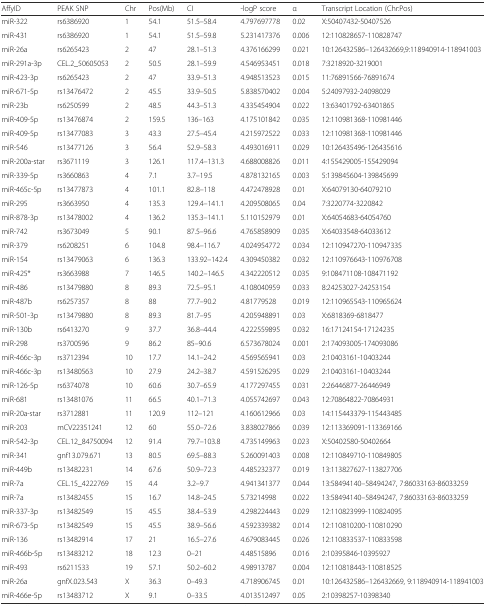
<table><thead><tr><td><b>AffyID</b></td><td><b>PEAK SNP</b></td><td><b>Chr</b></td><td><b>Pos(Mb)</b></td><td><b>CI</b></td><td><b>-logP score</b></td><td><b>α</b></td><td><b>Transcript Location (Chr:Pos)</b></td></tr></thead><tbody><tr><td>miR-322</td><td>rs6386920</td><td>1</td><td>54.1</td><td>51.5–58.4</td><td>4.797697778</td><td>0.02</td><td>X:50407432-50407526</td></tr><tr><td>miR-431</td><td>rs6386920</td><td>1</td><td>54.1</td><td>51.5–59.8</td><td>5.231417376</td><td>0.006</td><td>12:110828657-110828747</td></tr><tr><td>miR-26a</td><td>rs6265423</td><td>2</td><td>47</td><td>28.1–51.3</td><td>4.376166299</td><td>0.021</td><td>10:126432586–126432669,9:118940914-118941003</td></tr><tr><td>miR-291a-3p</td><td>CEL.2_50605053</td><td>2</td><td>50.5</td><td>28.1–59.9</td><td>4.546953451</td><td>0.018</td><td>7:3218920-3219001</td></tr><tr><td>miR-423-3p</td><td>rs6265423</td><td>2</td><td>47</td><td>33.9–51.3</td><td>4.948513523</td><td>0.015</td><td>11:76891566-76891674</td></tr><tr><td>miR-671-5p</td><td>rs13476472</td><td>2</td><td>45.5</td><td>33.9–50.5</td><td>5.838570402</td><td>0.004</td><td>5:24097932-24098029</td></tr><tr><td>miR-23b</td><td>rs6250599</td><td>2</td><td>48.5</td><td>44.3–51.3</td><td>4.335454904</td><td>0.022</td><td>13:63401792-63401865</td></tr><tr><td>miR-409-5p</td><td>rs13476874</td><td>2</td><td>159.5</td><td>136–163</td><td>4.175101842</td><td>0.035</td><td>12:110981368-110981446</td></tr><tr><td>miR-409-5p</td><td>rs13477083</td><td>3</td><td>43.3</td><td>27.5–45.4</td><td>4.215972522</td><td>0.033</td><td>12:110981368-110981446</td></tr><tr><td>miR-546</td><td>rs13477126</td><td>3</td><td>56.4</td><td>52.9–58.3</td><td>4.493016911</td><td>0.029</td><td>10:126435496-126435616</td></tr><tr><td>miR-200a-star</td><td>rs3671119</td><td>3</td><td>126.1</td><td>117.4–131.3</td><td>4.688008826</td><td>0.011</td><td>4:155429005-155429094</td></tr><tr><td>miR-339-5p</td><td>rs3660863</td><td>4</td><td>7.1</td><td>3.7–19.5</td><td>4.878132165</td><td>0.003</td><td>5:139845604-139845699</td></tr><tr><td>miR-465c-5p</td><td>rs13477873</td><td>4</td><td>101.1</td><td>82.8–118</td><td>4.472478928</td><td>0.01</td><td>X:64079130-64079210</td></tr><tr><td>miR-295</td><td>rs3663950</td><td>4</td><td>135.3</td><td>129.4–141.1</td><td>4.209508065</td><td>0.04</td><td>7:3220774-3220842</td></tr><tr><td>miR-878-3p</td><td>rs13478002</td><td>4</td><td>136.2</td><td>135.3–141.1</td><td>5.110152979</td><td>0.01</td><td>X:64054683-64054760</td></tr><tr><td>miR-742</td><td>rs3673049</td><td>5</td><td>90.1</td><td>87.5–96.6</td><td>4.765858909</td><td>0.035</td><td>X:64033548-64033612</td></tr><tr><td>miR-379</td><td>rs6208251</td><td>6</td><td>104.8</td><td>98.4–116.7</td><td>4.024954772</td><td>0.034</td><td>12:110947270-110947335</td></tr><tr><td>miR-154</td><td>rs13479063</td><td>6</td><td>136.3</td><td>133.92–142.4</td><td>4.309450382</td><td>0.032</td><td>12:110976643-110976708</td></tr><tr><td>miR-425*</td><td>rs3663988</td><td>7</td><td>146.5</td><td>140.2–146.5</td><td>4.342220512</td><td>0.035</td><td>9:108471108-108471192</td></tr><tr><td>miR-486</td><td>rs13479880</td><td>8</td><td>89.3</td><td>72.5–95.1</td><td>4.108040959</td><td>0.033</td><td>8:24253027-24253154</td></tr><tr><td>miR-487b</td><td>rs6257357</td><td>8</td><td>88</td><td>77.7–90.2</td><td>4.81779528</td><td>0.019</td><td>12:110965543-110965624</td></tr><tr><td>miR-501-3p</td><td>rs13479880</td><td>8</td><td>89.3</td><td>81.7–95</td><td>4.205948891</td><td>0.03</td><td>X:6818369-6818477</td></tr><tr><td>miR-130b</td><td>rs6413270</td><td>9</td><td>37.7</td><td>36.8–44.4</td><td>4.222559895</td><td>0.032</td><td>16:17124154-17124235</td></tr><tr><td>miR-298</td><td>rs3700596</td><td>9</td><td>86.2</td><td>85–90.6</td><td>6.573678024</td><td>0.001</td><td>2:174093005-174093086</td></tr><tr><td>miR-466c-3p</td><td>rs3712394</td><td>10</td><td>17.7</td><td>14.1–24.2</td><td>4.569565941</td><td>0.03</td><td>2:10403161-10403244</td></tr><tr><td>miR-466c-3p</td><td>rs13480563</td><td>10</td><td>27.9</td><td>24.2–38.7</td><td>4.591526295</td><td>0.029</td><td>2:10403161-10403244</td></tr><tr><td>miR-126-5p</td><td>rs6374078</td><td>10</td><td>60.6</td><td>30.7–65.9</td><td>4.177297455</td><td>0.031</td><td>2:26446877-26446949</td></tr><tr><td>miR-681</td><td>rs13481076</td><td>11</td><td>66.5</td><td>40.1–71.3</td><td>4.055742697</td><td>0.043</td><td>12:70864822-70864931</td></tr><tr><td>miR-20a-star</td><td>rs3712881</td><td>11</td><td>120.9</td><td>112–121</td><td>4.160612966</td><td>0.03</td><td>14:115443379-115443485</td></tr><tr><td>miR-203</td><td>mCV22351241</td><td>12</td><td>60</td><td>55.0–72.6</td><td>3.838027866</td><td>0.039</td><td>12:113369091-113369166</td></tr><tr><td>miR-542-3p</td><td>CEL.12_84750094</td><td>12</td><td>91.4</td><td>79.7–103.8</td><td>4.735149963</td><td>0.023</td><td>X:50402580-50402664</td></tr><tr><td>miR-341</td><td>gnf13.079.671</td><td>13</td><td>80.5</td><td>69.5–88.3</td><td>5.260091403</td><td>0.008</td><td>12:110849710-110849805</td></tr><tr><td>miR-449b</td><td>rs13482231</td><td>14</td><td>67.6</td><td>50.9–72.3</td><td>4.485232377</td><td>0.019</td><td>13:113827627-113827706</td></tr><tr><td>miR-7a</td><td>CEL.15_4222769</td><td>15</td><td>4.4</td><td>3.2–9.7</td><td>4.941341377</td><td>0.044</td><td>13:58494140–58494247, 7:86033163-86033259</td></tr><tr><td>miR-7a</td><td>rs13482455</td><td>15</td><td>16.7</td><td>14.8–24.5</td><td>5.73214998</td><td>0.022</td><td>13:58494140–58494247, 7:86033163-86033259</td></tr><tr><td>miR-337-3p</td><td>rs13482549</td><td>15</td><td>45.5</td><td>38.4–53.9</td><td>4.298224443</td><td>0.029</td><td>12:110823999-110824095</td></tr><tr><td>miR-673-5p</td><td>rs13482549</td><td>15</td><td>45.5</td><td>38.9–56.6</td><td>4.592339382</td><td>0.014</td><td>12:110810200-110810290</td></tr><tr><td>miR-136</td><td>rs13482914</td><td>17</td><td>21</td><td>16.5–27.6</td><td>4.679083445</td><td>0.026</td><td>12:110833537-110833598</td></tr><tr><td>miR-466b-5p</td><td>rs13483212</td><td>18</td><td>12.3</td><td>0–21</td><td>4.48515896</td><td>0.016</td><td>2:10395846-10395927</td></tr><tr><td>miR-493</td><td>rs6211533</td><td>19</td><td>57.1</td><td>50.2–60.2</td><td>4.98913787</td><td>0.004</td><td>12:110818443-110818525</td></tr><tr><td>miR-26a</td><td>gnfX.023.543</td><td>X</td><td>36.3</td><td>0–49.3</td><td>4.718906745</td><td>0.01</td><td>10:126432586–126432669, 9:118940914-118941003</td></tr><tr><td>miR-466e-5p</td><td>rs13483712</td><td>X</td><td>9.1</td><td>0–33.5</td><td>4.013512497</td><td>0.05</td><td>2:10398257-10398340</td></tr></tbody></table>